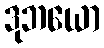
ဒုဘယော